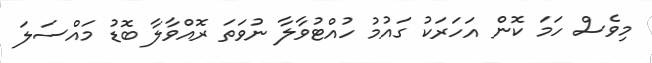
މިވެސް ހަމަ ކޮން އަހަރަކު ގައުމު ހުއްޓުވާލާ ނުވަތަ ރޮއްވާލާ ބޮޑު މައްސަލަ